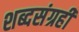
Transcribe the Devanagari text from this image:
शब्दसंग्रही